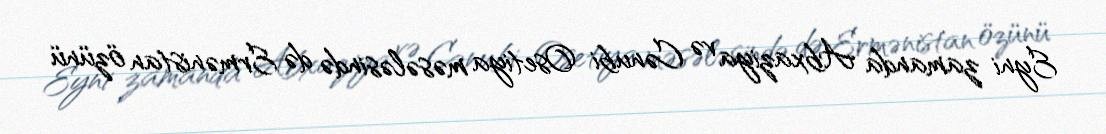
Eyni zamanda Abxaziya və Cənubi Osetiya məsələsində də Ermənistan özünü